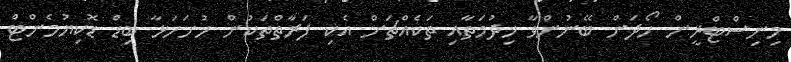
މިނިސްޓްރީން ހޯދަން ބޭނުންވާ ޚިދުމަތާއި ތަކެއްޗަށް އެކި ފަރާތްތަކުން ހުށަހަޅާ ބިޑް ޑޮކިޔުމެންޓް